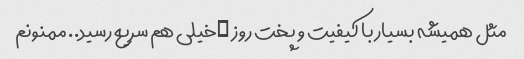
مثل همیشه بسیار با کیفیت و پخت روز …خیلی هم سریع رسید.. ممنونم